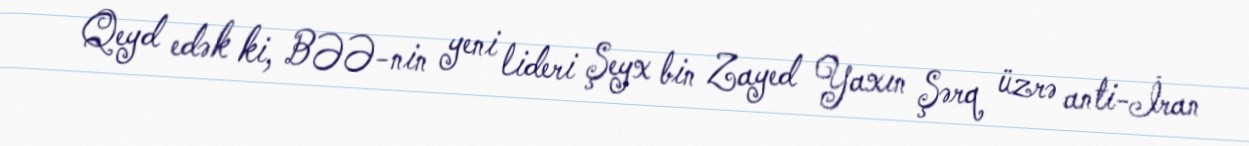
Qeyd edək ki, BƏƏ-nin yeni lideri Şeyx bin Zayed Yaxın Şərq üzrə anti-İran